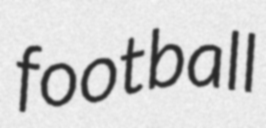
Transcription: football